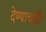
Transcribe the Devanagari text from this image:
देण्याचाही